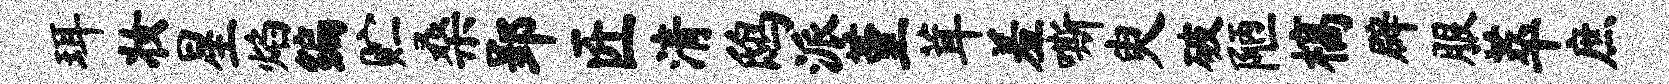
珥妆星焰编贮桑郢匠清鸱派堇茸羞嘶臾破陋槁辟服萃庶